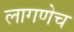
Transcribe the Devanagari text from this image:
लागणेच